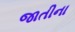
જાતીના